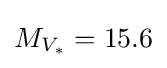
M_{V_{\ast }}=15.6